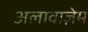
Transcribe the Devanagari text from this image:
अलावाज़ेम